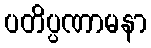
ပတိပ္ပဏာမနာ